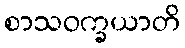
စာသဝက္ခယာတိ